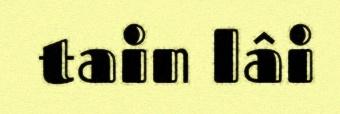
tain lâi